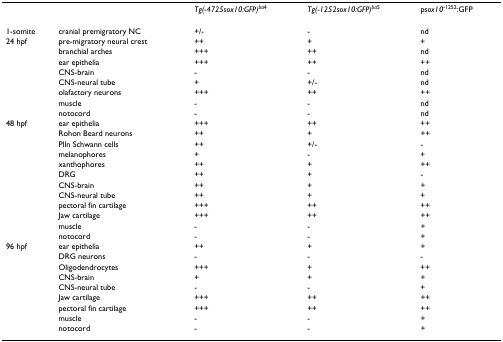
<table><thead><tr><td></td><td></td><td><b><i>Tg(-4725sox10:GFP)</i><sup><i>ba</i>4</sup></b></td><td><b><i>Tg(-1252sox10:GFP)</i><sup><i>ba</i>5</sup></b></td><td><b>p<i>sox10</i><sup>-1252</sup>:GFP</b></td></tr></thead><tbody><tr><td>1-somite</td><td>cranial premigratory NC</td><td>+/-</td><td>-</td><td>nd</td></tr><tr><td>24 hpf</td><td>pre-migratory neural crest</td><td>++</td><td>+</td><td>+</td></tr><tr><td></td><td>branchial arches</td><td>+++</td><td>++</td><td>nd</td></tr><tr><td></td><td>ear epithelia</td><td>+++</td><td>++</td><td>++</td></tr><tr><td></td><td>CNS-brain</td><td>-</td><td>-</td><td>nd</td></tr><tr><td></td><td>CNS-neural tube</td><td>+</td><td>+/-</td><td>nd</td></tr><tr><td></td><td>olafactory neurons</td><td>+++</td><td>++</td><td>++</td></tr><tr><td></td><td>muscle</td><td>-</td><td>-</td><td>nd</td></tr><tr><td></td><td>notocord</td><td>-</td><td>-</td><td>nd</td></tr><tr><td>48 hpf</td><td>ear epithelia</td><td>+++</td><td>++</td><td>++</td></tr><tr><td></td><td>Rohon Beard neurons</td><td>++</td><td>+</td><td>++</td></tr><tr><td></td><td>Plln Schwann cells</td><td>++</td><td>+/-</td><td>-</td></tr><tr><td></td><td>melanophores</td><td>+</td><td>-</td><td>+</td></tr><tr><td></td><td>xanthophores</td><td>++</td><td>+</td><td>++</td></tr><tr><td></td><td>DRG</td><td>++</td><td>+</td><td>-</td></tr><tr><td></td><td>CNS-brain</td><td>++</td><td>+</td><td>+</td></tr><tr><td></td><td>CNS-neural tube</td><td>++</td><td>+</td><td>+</td></tr><tr><td></td><td>pectoral fin cartilage</td><td>+++</td><td>++</td><td>++</td></tr><tr><td></td><td>Jaw cartilage</td><td>+++</td><td>++</td><td>++</td></tr><tr><td></td><td>muscle</td><td>-</td><td>-</td><td>+</td></tr><tr><td></td><td>notocord</td><td>-</td><td>-</td><td>+</td></tr><tr><td>96 hpf</td><td>ear epithelia</td><td>++</td><td>+</td><td>+</td></tr><tr><td></td><td>DRG neurons</td><td>-</td><td>-</td><td>-</td></tr><tr><td></td><td>Oligodendrocytes</td><td>+++</td><td>+</td><td>++</td></tr><tr><td></td><td>CNS-brain</td><td>+</td><td>+</td><td>+</td></tr><tr><td></td><td>CNS-neural tube</td><td>-</td><td>-</td><td>+</td></tr><tr><td></td><td>Jaw cartilage</td><td>+++</td><td>++</td><td>++</td></tr><tr><td></td><td>pectoral fin cartilage</td><td>+++</td><td>++</td><td>++</td></tr><tr><td></td><td>muscle</td><td>-</td><td>-</td><td>+</td></tr><tr><td></td><td>notocord</td><td>-</td><td>-</td><td>+</td></tr></tbody></table>